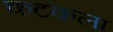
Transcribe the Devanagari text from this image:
कटकला